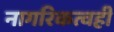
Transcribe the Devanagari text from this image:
नागरिकत्वही